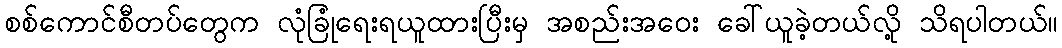
စစ်ကောင်စီတပ်တွေက လုံခြုံရေးရယူထားပြီးမှ အစည်းအဝေး ခေါ်ယူခဲ့တယ်လို့ သိရပါတယ်။